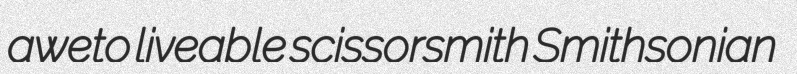
aweto liveable scissorsmith Smithsonian